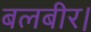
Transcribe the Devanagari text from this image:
बलबीर।